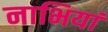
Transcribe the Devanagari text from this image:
नाभियां